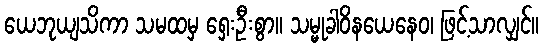
ယေဘုယျသိကာ သမထမှ ရှေးဦးစွာ။ သမ္မုခါဝိနယေနေဝ၊ ဖြင့်သာလျှင်။